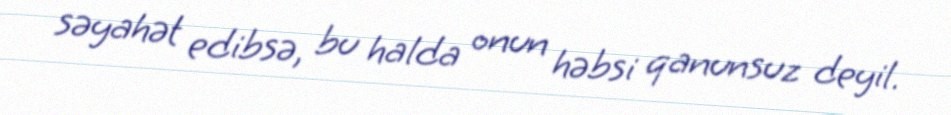
səyahət edibsə, bu halda onun həbsi qanunsuz deyil.